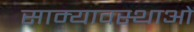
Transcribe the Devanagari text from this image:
साम्यावस्थाओं